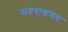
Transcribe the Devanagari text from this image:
संतवाङमय